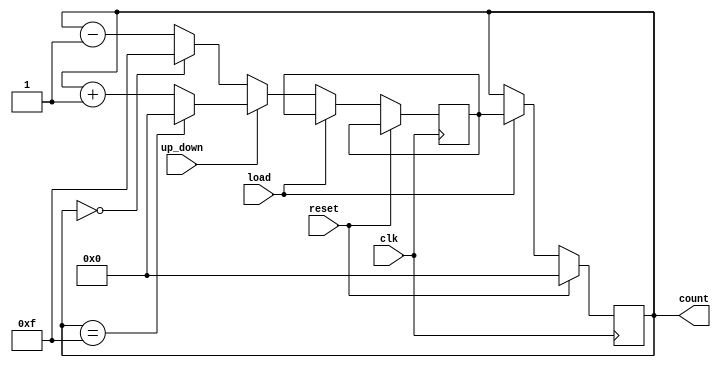
module UpDownCounter (
    input clk,
    input reset,
    input load,
    input up_down,
    output reg [3:0] count
);

reg [3:0] next_count;

always @(posedge clk) begin
    if(reset) begin
        count <= 4'b0000;
    end else begin
        if(load) begin
            count <= next_count;
        end else begin
            if(up_down) begin
                if(count == 4'b1111) begin
                    next_count <= 4'b0000;
                end else begin
                    next_count <= count + 1;
                end
            end else begin
                if(count == 4'b0000) begin
                    next_count <= 4'b1111;
                end else begin
                    next_count <= count - 1;
                end
            end
        end
    end
end

endmodule